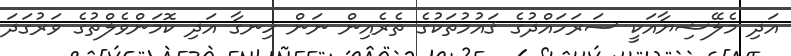
އަދި މެލޭޝިޔާއަކީ ސަރަހައްދުގެ ޤައުމުތަކުގެ ތެރެއިން ނަން ހިނގާ އަދި ކޮމަންވެލްތުގެ ވަރުގަދަ